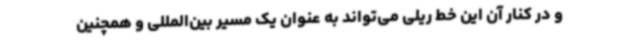
و در کنار آن این خط ریلی می‌تواند به عنوان یک مسیر بین‌المللی و همچنین